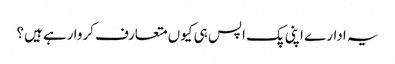
یہ ادارے اپنی پک اپس ہی کیوں متعارف کروا رہے ہیں؟